Vaccination North-Western Provinces and Oudh 1878-1895 - 1878-1895
Year: 1878
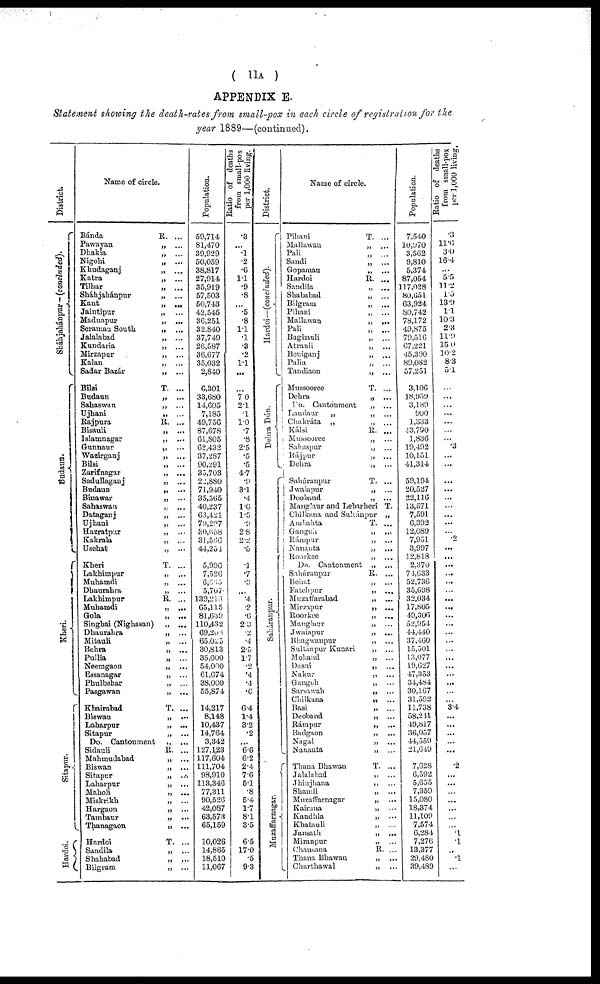
(11A)
APPENDIX E.
Statement showing the death-rates from small-pox in each circle of registration for the
year 1889—(continued).
District.
Sháhjahánpur — (concluded).
Budaun.
Kheri.
Sitapur.
Hardoi.
Name of circle.
Bánda
R. ...
Pawayan
„
...
Dhakia
„
...
Nigohi
„ ...
Khudaganj
„
...
Katra
„
...
Tilhar
„
...
Sháhjahánpur
„
...
Kant
„
...
Jaintipur
„ ...
Madnapur
„
...
Seramau South.
„
...
Jalalabad
„ ...
Kundaria
„
...
Mirzapur
„
...
Kalan
„ ...
Sadar Bazár
„
...
Bilsi
T. ...
Budaun
„
...
Sahaswan
„
...
Ujhani
„
...
Rajpura
R. ...
Bisauli
„
...
Islamnagar
„ ...
Gunnaur
„ ...
Wazirganj
„
...
Bilsi
„
...
Zarifnagar
„
...
Sadullaganj
„
...
Budaun
„
...
Binawar
„ ...
Sahaswan
„ ...
Dataganj
„
...
Ujhani
„
...
Hazratpur
„ ...
Kakrala
„ ...
Usehat
„
...
Kheri
T. ...
Lakhimpur
„ ...
Muhamdi
„
...
Dhaurahra
„ ...
Lakhimpur
R. ...
Muhamdi
„ ...
Gola
„ ...
Singhai (Nighasan)
„ ...
Dhaurahra
„
...
Mitauli
„ ...
Behra
„ ...
Pullia
„ ...
Neemgaon
„
...
Essanagar
„ ...
Phulbehar
„
...
Pasgawan
„ ...
Khairabad
T. ...
Biswan
„ ...
Laharpur
„ ...
Sitapur
„
...
Do. Cantonment
„
...
Sidauli
R. ...
Mahmudabad
„
...
Biswan
„ ...
Sitapur
„ ...
Laharpur
„ ...
Maholi
„ ...
Miskrikh
„
...
Hargaon
„ ...
Tambaur
„ ...
Thanagaon
„
...
Hardoi
T. ...
Sandila
„ ...
Shahabad
„ ...
Bilgram
„ ...
Population.
59,714
81,470
39,929
50,059
38,817
27,914
35,919
57,503
50,743
42,545
36,251
32,840
37,749
26,587
36,677
35,032
2,810
6,301
33,680
14,605
7,185
49,756
87,678
61,805
62,432
37,287
90,291
35,703
22,880
71,940
35,565
40,237
63,431
751,207
30,658
31,566
44,254
6,996
7,526
6, 655
5,767
139,218
65,115
81,639
110,432
69,208
65,025
30,813
35,000
54,000
61,674
38,000
55,874
14,217
8,148
10,437
14,764
3,342
127,123
117,604
111,704
98,910
113,346
77,311
90,526
42,087
63,573
65,159
10,026
14,865
18,510
11,067
Ratio of deaths
from small-pox
per 1,000 living.
.3
...
.1
.2
.6
1.1
.9
.8
...
.5
.8
1.1
.1
.3
.2
1.1
...
...
7.0
2.1
.1
1.0
.7
.8
2.5
.5
.5
4.7
.9
3.1
.4
1.6
1.5
.9
2.8
2.2
.5
.1
.7
.3
...
.4
.2
.6
2.3
.2
.4
2.5
1.7
.2
.4
.4
.6
6.4
1.4
3.2
.2
...
6.6
6.2
2.4
7.6
5.1
8
5.4
1.7
8.1
3.5
6.5
17.0
.5
9.3
District.
Hardoi—(concluded).
Dehra Dún.
Saháranpur.
Muzaffarnagar.
Name of circle.
Pihani
T. ...
Mallawan
„ ...
Pali
„ ...
Sandi
„ ...
Gopamau
„ ...
Hardoi
R. ...
Sandila
„ ...
Shababad
„ ...
Bilgram
„ ...
Pihani
„ ...
Mallawan
„ ...
Pali
„
...
Bagbauli
„ ...
Atrauli
„ ...
Beniganj
„ ...
Palia
„ ...
Tandiaon
„ ...
Mussooree
T. ...
Dehra
„ ...
To. Cantonment
„ ...
Landaur
„
„ ...
Chakráta „
„ ...
Kálsi
R. ...
Mussooree
„ ...
Sahaspur
„ ...
Rájpur
„ ...
Dehra
„ ...
Saháranpur
T. ...
Jwalapur
„ ...
Deoband
„ ...
Manglaur and Lebarheri T.
Chilkama and Suhánpur „
Ambahta
T. ...
Gangoh
„
...
Rámpur
„ ...
Nanauta
„
...
Roorkee
„ ...
Do. Cantonment „
...
Saháranpur
R. ...
Behat
„
...
Fatehpur
„
...
Muzaffarabad
„ ...
Mirzapur
„
...
Roorkee
„ ...
Manglaur
„ ...
Jwaiapur
„ ...
Bhagwanpur
„ ...
Sultán pur Kunari
„ ...
Mohand
„ ...
Dasni
„ ...
Nakur
„ ...
Gangoh
„ ...
Sarsawah
„ ...
Chilkana
„ ...
Basi
„ ...
Deoband
„ ...
Rámpur
„ ...
Badgaon
„
...
Nagal
„ ...
Nauauta
„ ...
Thana Bhawan
T. ...
Jalalabad
„ ...
Jhinjhana
„ ...
Shamli
„ ...
Muzaffarnagar
„ ...
Kairana
„ ...
Kandhla
„
...
Khatauli
„ ...
Jansath
„ ...
Miranpur
„ ...
Chausana
R. ...
Thana Bhawan
„ ...
Charthawal
„ ...
Population.
7,540
10,970
3,562
9,810
5,374
87,054
117,028
80,651
63,924
80,742
78,172
49,875
79,516
67,221
45,390
89,082
57,251
3,106
18,959
3,189
900
1,333
13,790
1,836
19,492
10,151
41,314
59,194
20,527
22,116
13,571
7,591
6,392
12,089
7,951
3,997
12,818
2,370
74,633
52,736
35,698
32,034
17,805
49,306
52,954
44,440
37,460
15,501
13,077
19,627
47,353
34,484
30,167
31,592
11,738
58,241
49,817
36,057
44,559
21,649
7,628
6,592
5,655
7,359
15,080
18,374
11,109
7,574
6,284
7,276
13,377
29,480
39,489
Ratio or deaths
from small-pox
per 1,000 living.
.3
11.6
3.0
16.4
...
5.5
11.2
1.5
13.9
1.1
10.3
2.3
11.9
15.0
10.2
8.3
5.1
...
...
...
...
...
...
...
.3
...
...
...
...
...
...
...
...
...
.2
...
...
...
...
...
...
...
...
...
...
...
...
...
...
...
...
...
...
...
3.4
...
...
...
...
...
.2
...
...
...
...
...
...
...
.1
.1
...
.1
...